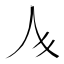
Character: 𱎚